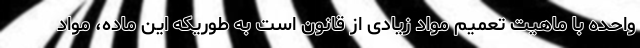
واحده با ماهیت تعمیم مواد زیادی از قانون است به طوریکه این ماده، مواد